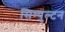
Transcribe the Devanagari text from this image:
सिम्पुल्टन